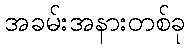
အခမ်းအနားတစ်ခု